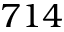
7 1 4